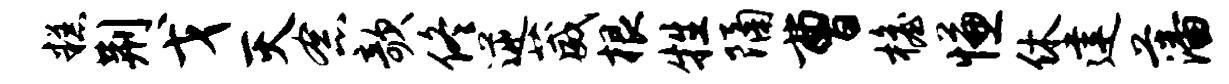
糕荆戈灭念欹佟逆葳根牲隔曹檐慊休建藩